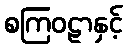
စကြဝဠာနှင့်